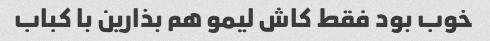
خوب بود فقط کاش لیمو هم بذارین با کباب